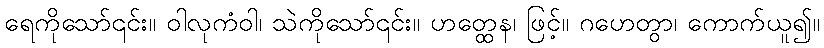
ရေကိုသော်၎င်း။ ဝါလုကံဝါ၊ သဲကိုသော်၎င်း။ ဟတ္ထေန၊ ဖြင့်။ ဂဟေတွာ၊ ကောက်ယူ၍။